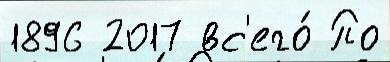
1896 2017 вс'его́ По